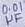
Text: 0.01µF